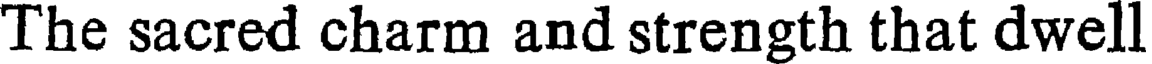
The sacred charm and strength that dwell